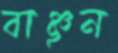
বাঞ্ছন